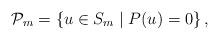
LaTeX: \begin{gather*} \mathcal{P}_m = \left\{ u \in S_m \mid P(u)=0 \right\},\end{gather*}